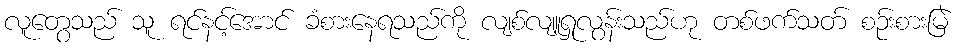
လူတွေသည် သူ ရင်နင့်အောင် ခံစားနေရသည်ကို လျစ်လျူရှုလွန်းသည်ဟု တစ်ဖက်သတ် စဉ်းစားမြဲ